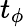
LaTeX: t_{\phi}